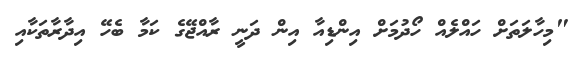
"މިހާލަތަށް ހައްލެއް ހޯދުމަށް އިންޑިއާ އިން ދަނީ ރާއްޖޭގެ ކަމާ ބެހޭ އިދާރާތަކާއި